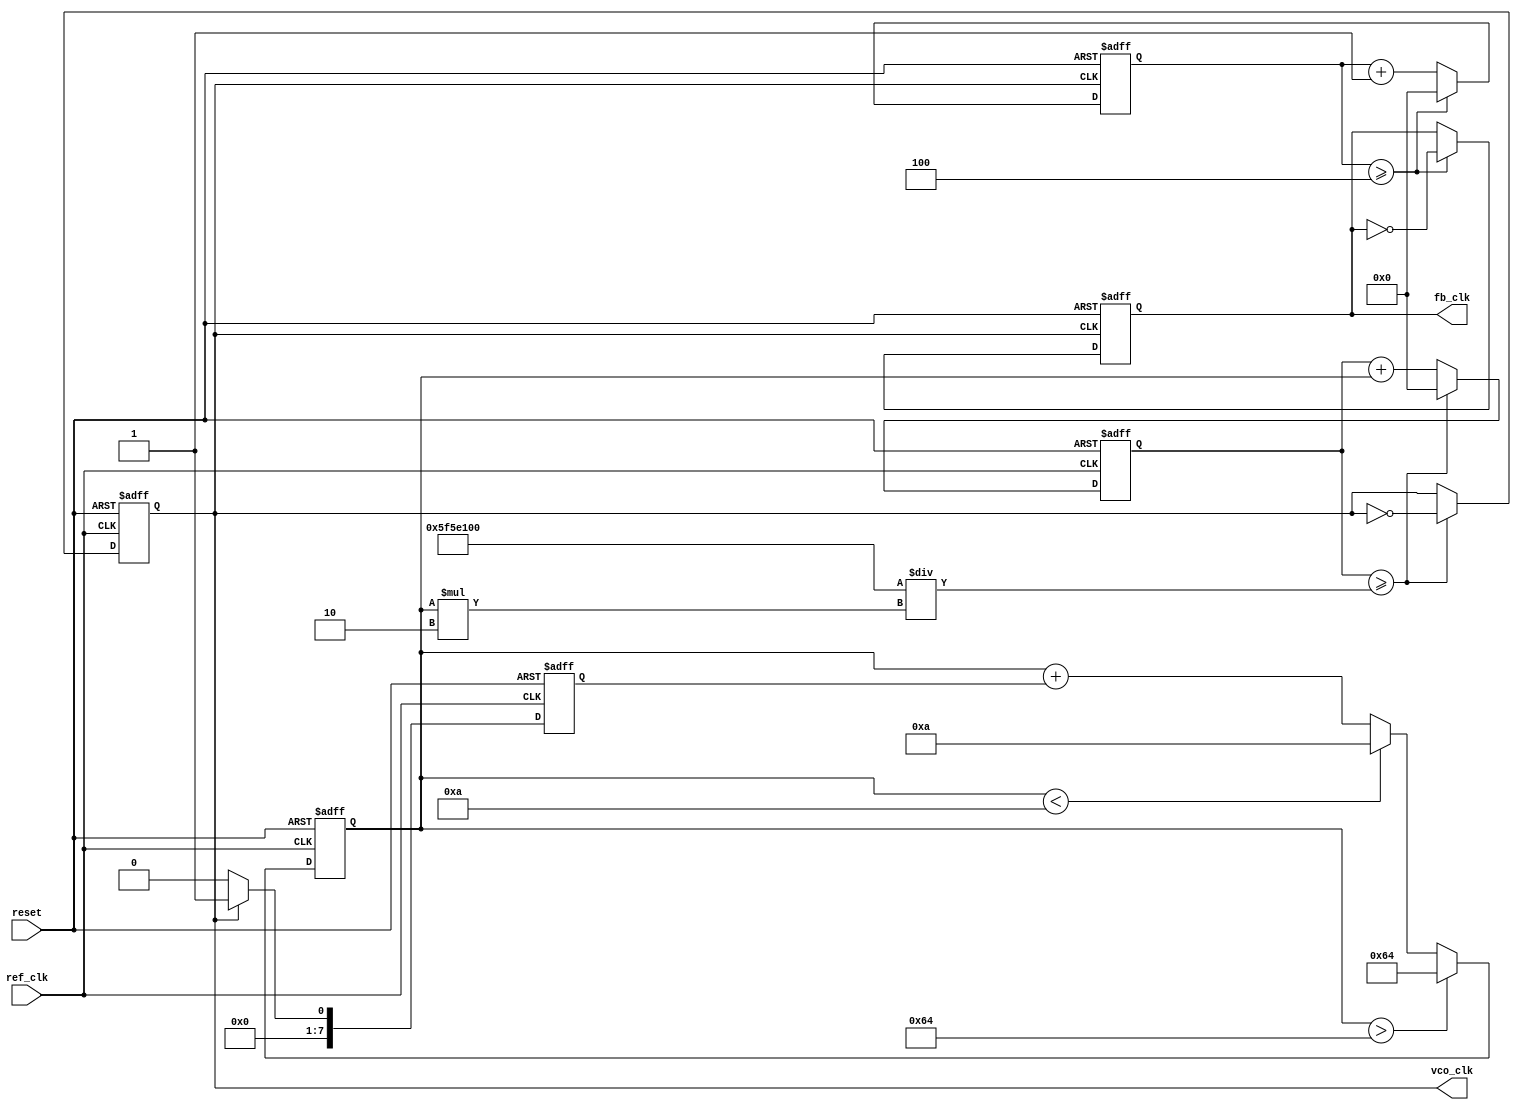
module PLL (
    input wire ref_clk,           // Reference clock input
    input wire reset,             // Reset signal
    output reg vco_clk,           // VCO output clock
    output reg fb_clk             // Feedback clock output
);

// Parameters
parameter DIV_RATIO = 4;        // Divider ratio for feedback
parameter VCO_MAX_FREQ = 100;   // Max frequency for VCO (in MHz)
parameter VCO_MIN_FREQ = 10;    // Min frequency for VCO (in MHz)
parameter LOOP_BW = 5;           // Loop bandwidth (in MHz)

// Internal signals
reg [7:0] phase_error;           // Phase error signal
reg [7:0] VCO_ctrl;              // Control voltage for VCO
reg [31:0] vco_counter;          // VCO counter
reg [31:0] fb_counter;           // Feedback counter
reg [31:0] loop_filter;          // Loop filter output

// Phase Detector (PD)
always @(posedge ref_clk or posedge reset) begin
    if (reset) begin
        phase_error <= 0;
    end else begin
        // Simple phase error detection (1-bit phase comparison)
        phase_error <= (vco_clk == 1'b1) ? 8'd1 : 8'd0; // Example phase detection
    end
end

// Loop Filter
always @(posedge ref_clk or posedge reset) begin
    if (reset) begin
        loop_filter <= 0;
    end else begin
        // Simple first-order loop filter (integrator)
        loop_filter <= loop_filter + phase_error;
        // Limit control voltage to VCO range
        if (loop_filter > VCO_MAX_FREQ) begin
            loop_filter <= VCO_MAX_FREQ;
        end else if (loop_filter < VCO_MIN_FREQ) begin
            loop_filter <= VCO_MIN_FREQ;
        end
    end
end

// Voltage-Controlled Oscillator (VCO)
always @(posedge ref_clk or posedge reset) begin
    if (reset) begin
        vco_counter <= 0;
        vco_clk <= 0;
    end else begin
        // VCO frequency control based on loop_filter
        vco_counter <= vco_counter + loop_filter;
        if (vco_counter >= (100000000 / (loop_filter * 2))) begin // Adjust frequency
            vco_clk <= ~vco_clk;
            vco_counter <= 0;
        end
    end
end

// Feedback Divider
always @(posedge vco_clk or posedge reset) begin
    if (reset) begin
        fb_counter <= 0;
        fb_clk <= 0;
    end else begin
        fb_counter <= fb_counter + 1;
        if (fb_counter >= DIV_RATIO) begin
            fb_clk <= ~fb_clk;
            fb_counter <= 0;
        end
    end
end

endmodule